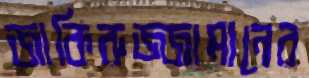
জাকিরুজ্জামানের